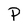
Character: P